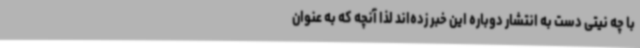
با چه نیتی دست به انتشار دوباره این خبر زده‌اند لذا آنچه که به عنوان